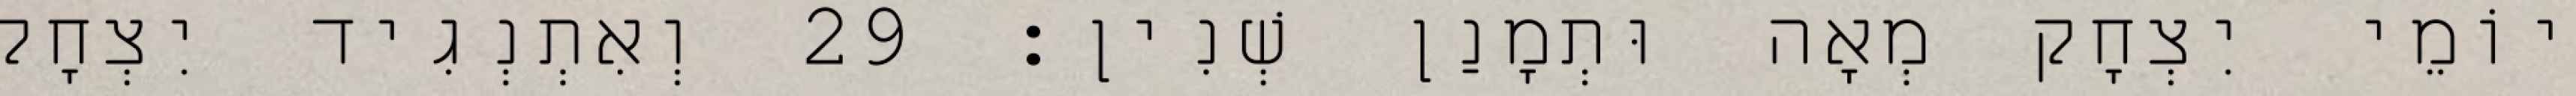
יוֹמֵי יִצְחָק מְאָה וּתְמָנַן שְׁנִין׃ 29 וְאִתְנְגִיד יִצְחָק